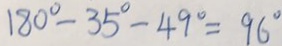
1 8 0 ^ { \circ } - 3 5 ^ { \circ } - 4 9 ^ { \circ } = 9 6 ^ { \circ }